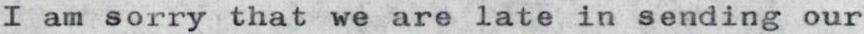
I am sorry that we are late in sending our